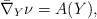
LaTeX: \begin{align*}\bar\nabla_Y\nu=A(Y),\end{align*}